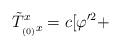
LaTeX: \begin{align*}\tilde T^{x}_{_{(0)}x} = c[\varphi'^2 +\end{align*}